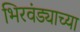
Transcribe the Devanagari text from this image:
भिरवंड्याच्या